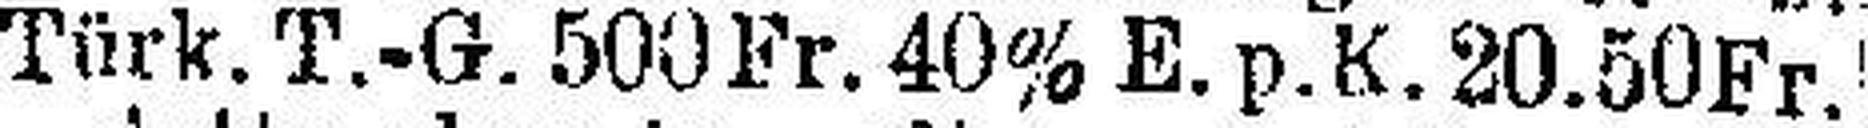
Türk. T.-G. 500 Fr. 40% E. p. K. 20.50 Fr.